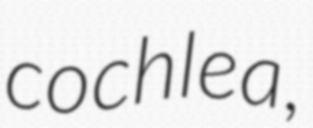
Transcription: cochlea,